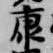
康